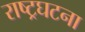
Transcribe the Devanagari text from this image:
राष्ट्रघटना